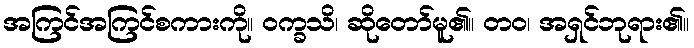
အကြင်အကြင်စကားကို။ ဝက္ခသိ၊ ဆိုတော်မူ၏။ တဝ၊ အရှင်ဘုရား၏။